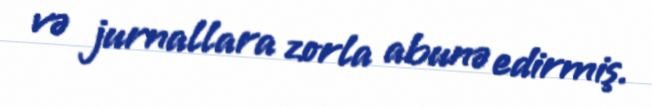
və jurnallara zorla abunə edirmiş.